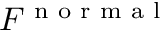
F ^ { \footnotesize { \mathrm { ~ n ~ o ~ r ~ m ~ a ~ l ~ } } }